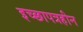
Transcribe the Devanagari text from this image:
इच्छापत्रहीन